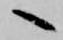
へ